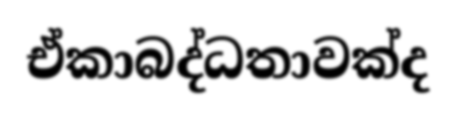
ඒකාබද්ධතාවක්ද